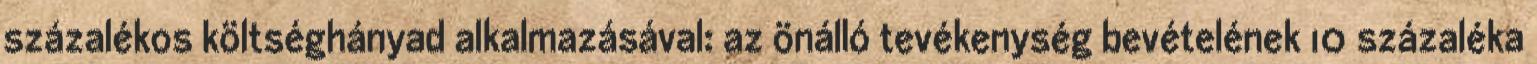
százalékos költséghányad alkalmazásával: az önálló tevékenység bevételének 10 százaléka